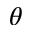
\theta